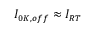
I _ { 0 K , o f f } \approx I _ { R T }